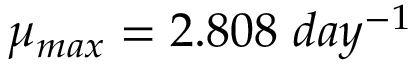
\mu _ { m a x } = 2 . 8 0 8 ~ d a y ^ { - 1 }